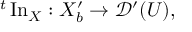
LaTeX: { } ^ { t } \operatorname { I n } _ { X } : X _ { b } ^ { \prime } \to { \mathcal { D } } ^ { \prime } ( U ) ,